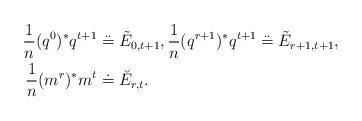
LaTeX: \begin{align*}\frac{1}{n}(q^{0})^* q^{t+1} & \overset{\mathbf{. .}}{=} \tilde{E}_{0,t+1}, \frac{1}{n}(q^{r+1})^*q^{t+1} \overset{\mathbf{. .}}{=} \tilde{E}_{r+1,t+1}, \\\frac{1}{n}(m^r)^* m^t &\doteq \breve{E}_{r,t}. \end{align*}